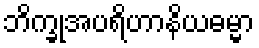
ဘိက္ခုအပရိဟာနိယဓမ္မာ